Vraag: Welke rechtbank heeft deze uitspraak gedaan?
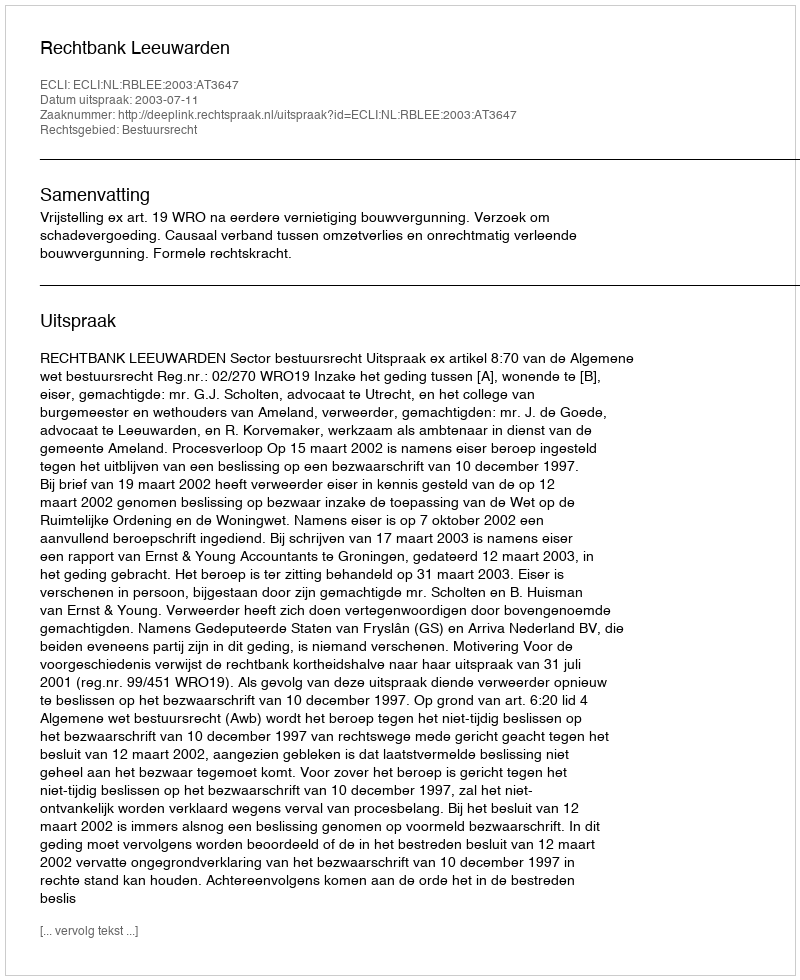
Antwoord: Rechtbank Leeuwarden